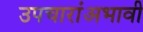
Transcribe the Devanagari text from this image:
उपचारांअभावी